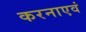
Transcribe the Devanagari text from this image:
करनाएवं